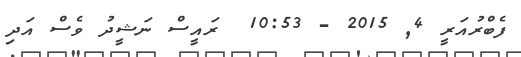
ފެބްރުއަރީ 4